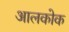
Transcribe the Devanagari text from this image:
आलकोक